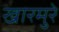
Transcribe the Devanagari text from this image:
खारमुरे